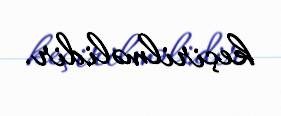
keçirilməlidir.